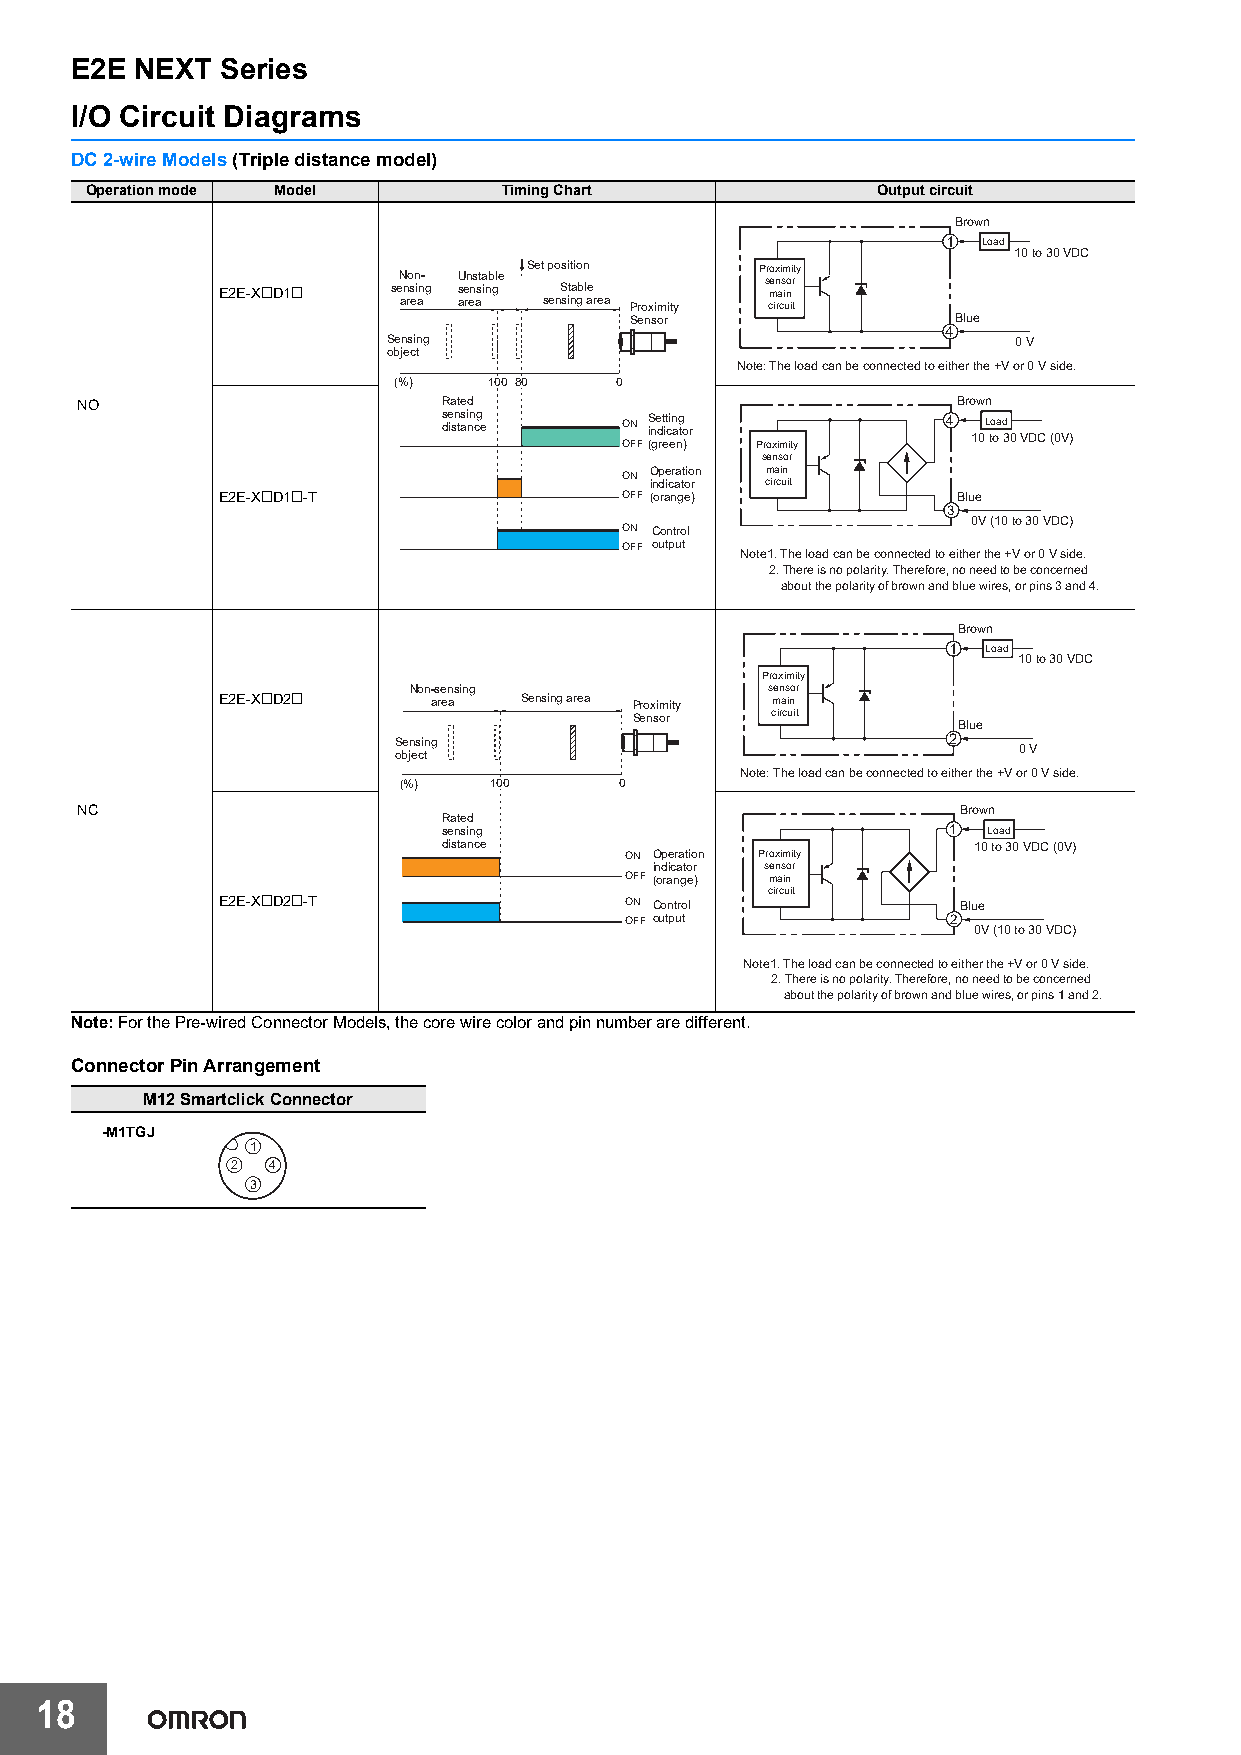
E2E NEXT  Series
 I/O Circuit Diagrams
 DC 2-wire Models (Triple distance model)
 Operation mode Model       Timing Chart             Output circuit
 Brown
 1 Load
 10 to 30 VDC
 E2E-X@D1@   seN an ro s en i an- g U s ae rn ens asta inb gle Set s p eo nSs si itt naio gbn le a rea
 Proximity
 P sr cmo e ix n ra ci sm i uno ii trt y
 Sensor               Blue
 4
 Sensing                                  0 V
 object
 Note: The load can be connected to either the +V or 0 V side.
 (%)   100 80   0
 NO                      Rated                             Brown
 s de isn tasi nn cg e ON S ine dt it cin ag to r 4 10L to oa d 30 VDC (0V)
 OFF(green) Proximity
 sensor
 ON Operation main
 indicator circuit
 E2E-X@D1@-T                OFF (orange)          Blue
 3
 0V (10 to 30 VDC)
 ON Control
 OFF output
 Note1. The load can be connected to either the +V or 0 V side.
 2. There is no polarity. Therefore, no need to be concerned
 about the polarity of brown and blue wires, or pins 3 and 4.
 Brown
 1 Load
 10 to 30 VDC
 Proximity
 Non-sensing             sensor
 E2E-X@D2@      area Sensing area Proximity main
 Sensor   circuit
 Blue
 Sensing                              2
 0 V
 object
 Note: The load can be connected to either the +V or 0 V side.
 (%)   100      0
 NC                                                        Brown
 Rated
 sensing                           1 Load
 distance                           10 to 30 VDC (0V)
 ON Operation Proximity
 indicator sensor
 OFF (orange) main
 circuit
 E2E-X@D2@-T                ON Control            Blue
 OFF output            2
 0V (10 to 30 VDC)
 Note1. The load can be connected to either the +V or 0 V side.
 2. There is no polarity. Therefore, no need to be concerned
 about the polarity of brown and blue wires, or pins 1 and 2.
 Note:For the Pre-wired Connector Models, the core wire color and pin number are different.
 Connector Pin Arrangement
 M12 Smartclick Connector
 -M1TGJ
 1
 2  4
 3
 18